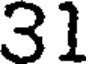
31